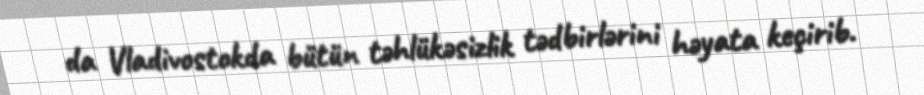
da Vladivostokda bütün təhlükəsizlik tədbirlərini həyata keçirib.